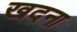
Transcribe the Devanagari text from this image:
खदना